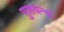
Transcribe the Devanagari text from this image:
पुलयन्स